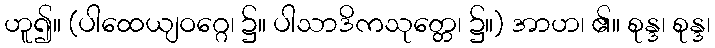
ဟူ၍။ (ပါထေယျဝဂ္ဂေ၊ ၌။ ပါသာဒိကသုတ္တေ၊ ၌။) အာဟ၊ ၏။ စုန္ဒ၊ စုန္ဒ၊